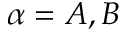
\alpha = A , B